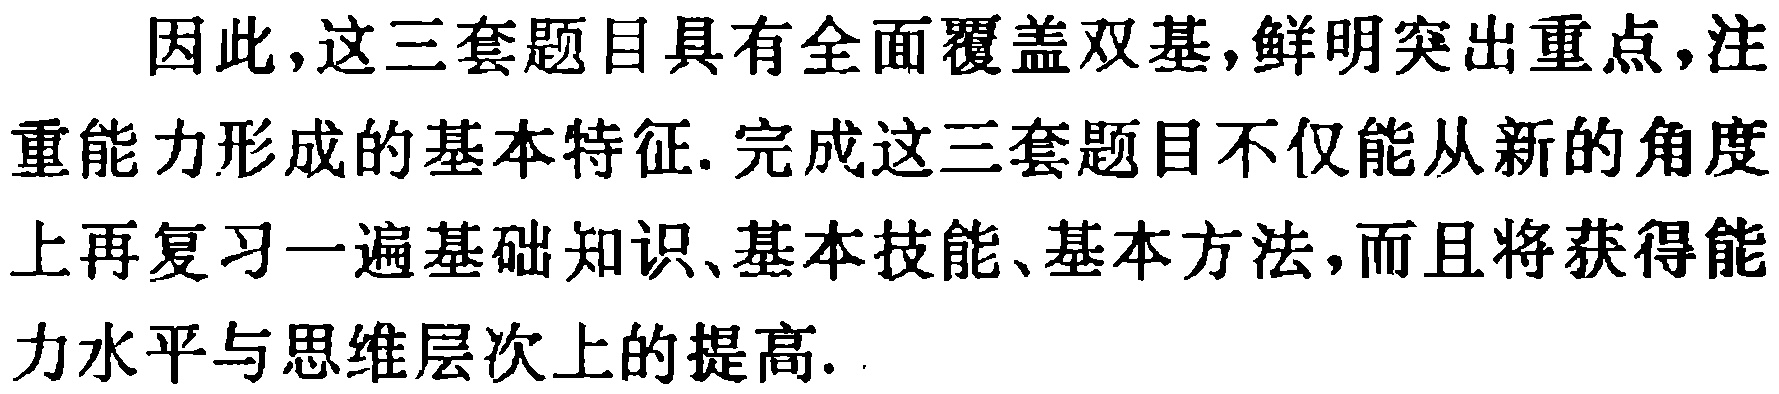
因此,这三套题目具有全面覆盖双基,鲜明突出重点,注重能力形成的基本特征. 完成这三套题目不仅能从新的角度上再复习一遍基础知识、基本技能、基本方法,而且将获得能力水平与思维层次上的提高.